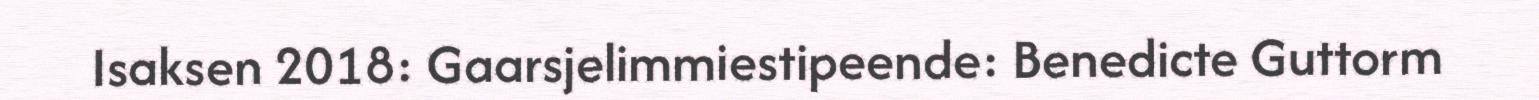
Isaksen 2018: Gaarsjelimmiestipeende: Benedicte Guttorm